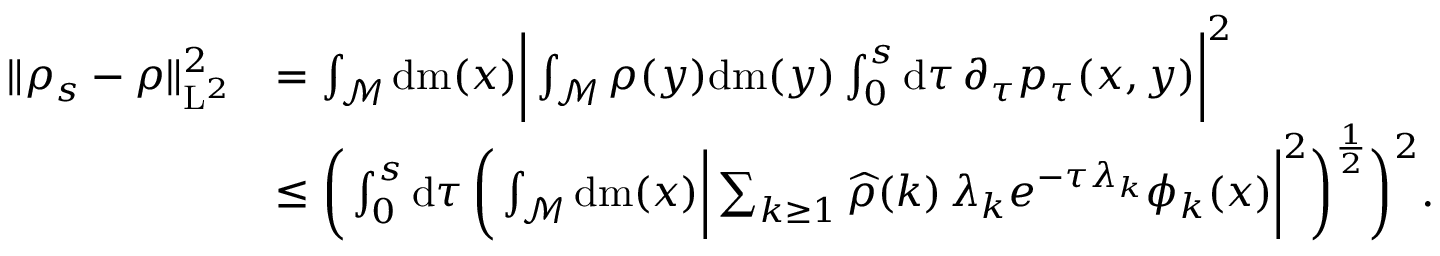
\begin{array} { r l } { \| \rho _ { s } - \rho \| _ { \mathrm { L } ^ { 2 } } ^ { 2 } } & { = \int _ { \mathcal { M } } \mathrm { d } \mathrm { m } ( x ) \bigg \vert \int _ { \mathcal { M } } \rho ( y ) \mathrm { d } \mathrm { m } ( y ) \int _ { 0 } ^ { s } \mathrm { d } \tau \, \partial _ { \tau } p _ { \tau } ( x , y ) \bigg \vert ^ { 2 } } \\ & { \leq \bigg ( \int _ { 0 } ^ { s } \mathrm { d } \tau \, \bigg ( \int _ { \mathcal { M } } \mathrm { d } \mathrm { m } ( x ) \bigg \vert \sum _ { k \geq 1 } \widehat { \rho } ( k ) \, \lambda _ { k } e ^ { - \tau \lambda _ { k } } \phi _ { k } ( x ) \bigg \vert ^ { 2 } \bigg ) ^ { \frac { 1 } { 2 } } \bigg ) ^ { 2 } . } \end{array}